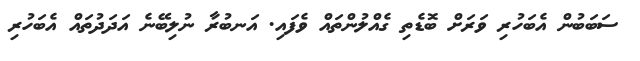
ސަބަބުން އެބަހުރި ވަރަށް ބޮޑެތި ގެއްލުންތައް ވެފައި. އަނބުރާ ނުލިބޭނެ އަދަދުތައް އެބަހުރި